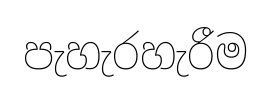
පැහැරහැරීම